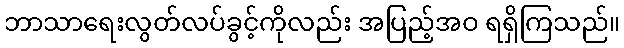
ဘာသာရေးလွတ်လပ်ခွင့်ကိုလည်း အပြည့်အဝ ရရှိကြသည်။